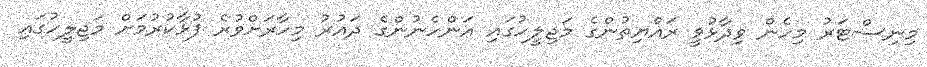
މިނިސްޓަރު މިހެން ވިދާޅުވީ ރައްޔިތުންގެ މަޖިލީހުގައި އަންހެނުންގެ ދައުރު މިހާރަށްވުރެ ފުޅާކުރުމަށް މަޖިލީހުގައި